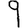
Digit: 9